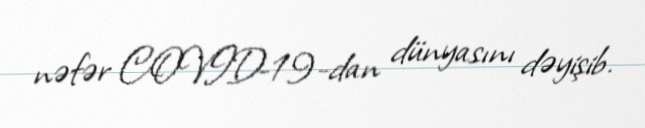
nəfər COVID-19-dan dünyasını dəyişib.